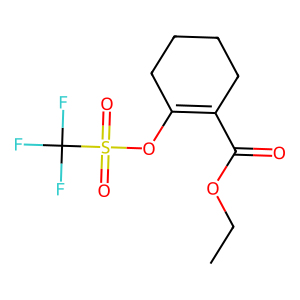
SMILES: CCOC(=O)C1=C(OS(=O)(=O)C(F)(F)F)CCCC1
Inhibits HIV replication: No